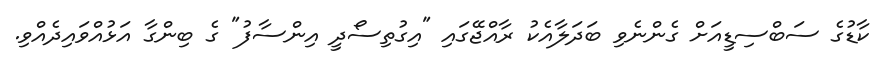
ކާޑުގެ ސަބްސިޑީއަށް ގެންނެވި ބަދަލާއެކު ރާއްޖޭގައި "އިގުތިސޯދީ އިންސާފު" ގެ ބިންގާ އަޅުއްވައިދެއްވި.